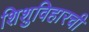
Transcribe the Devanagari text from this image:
शिशुविहारची